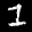
Label: 1